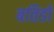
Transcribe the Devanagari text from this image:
बतिडो